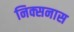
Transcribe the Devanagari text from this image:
निक्सनास